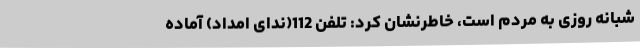
شبانه روزی به مردم است، خاطرنشان کرد: تلفن 112(ندای امداد) آماده